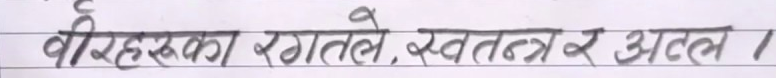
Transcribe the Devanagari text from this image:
वीरहरुका रगतले, स्वतन्त्र र अटल !